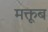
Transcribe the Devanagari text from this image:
मक्तूब